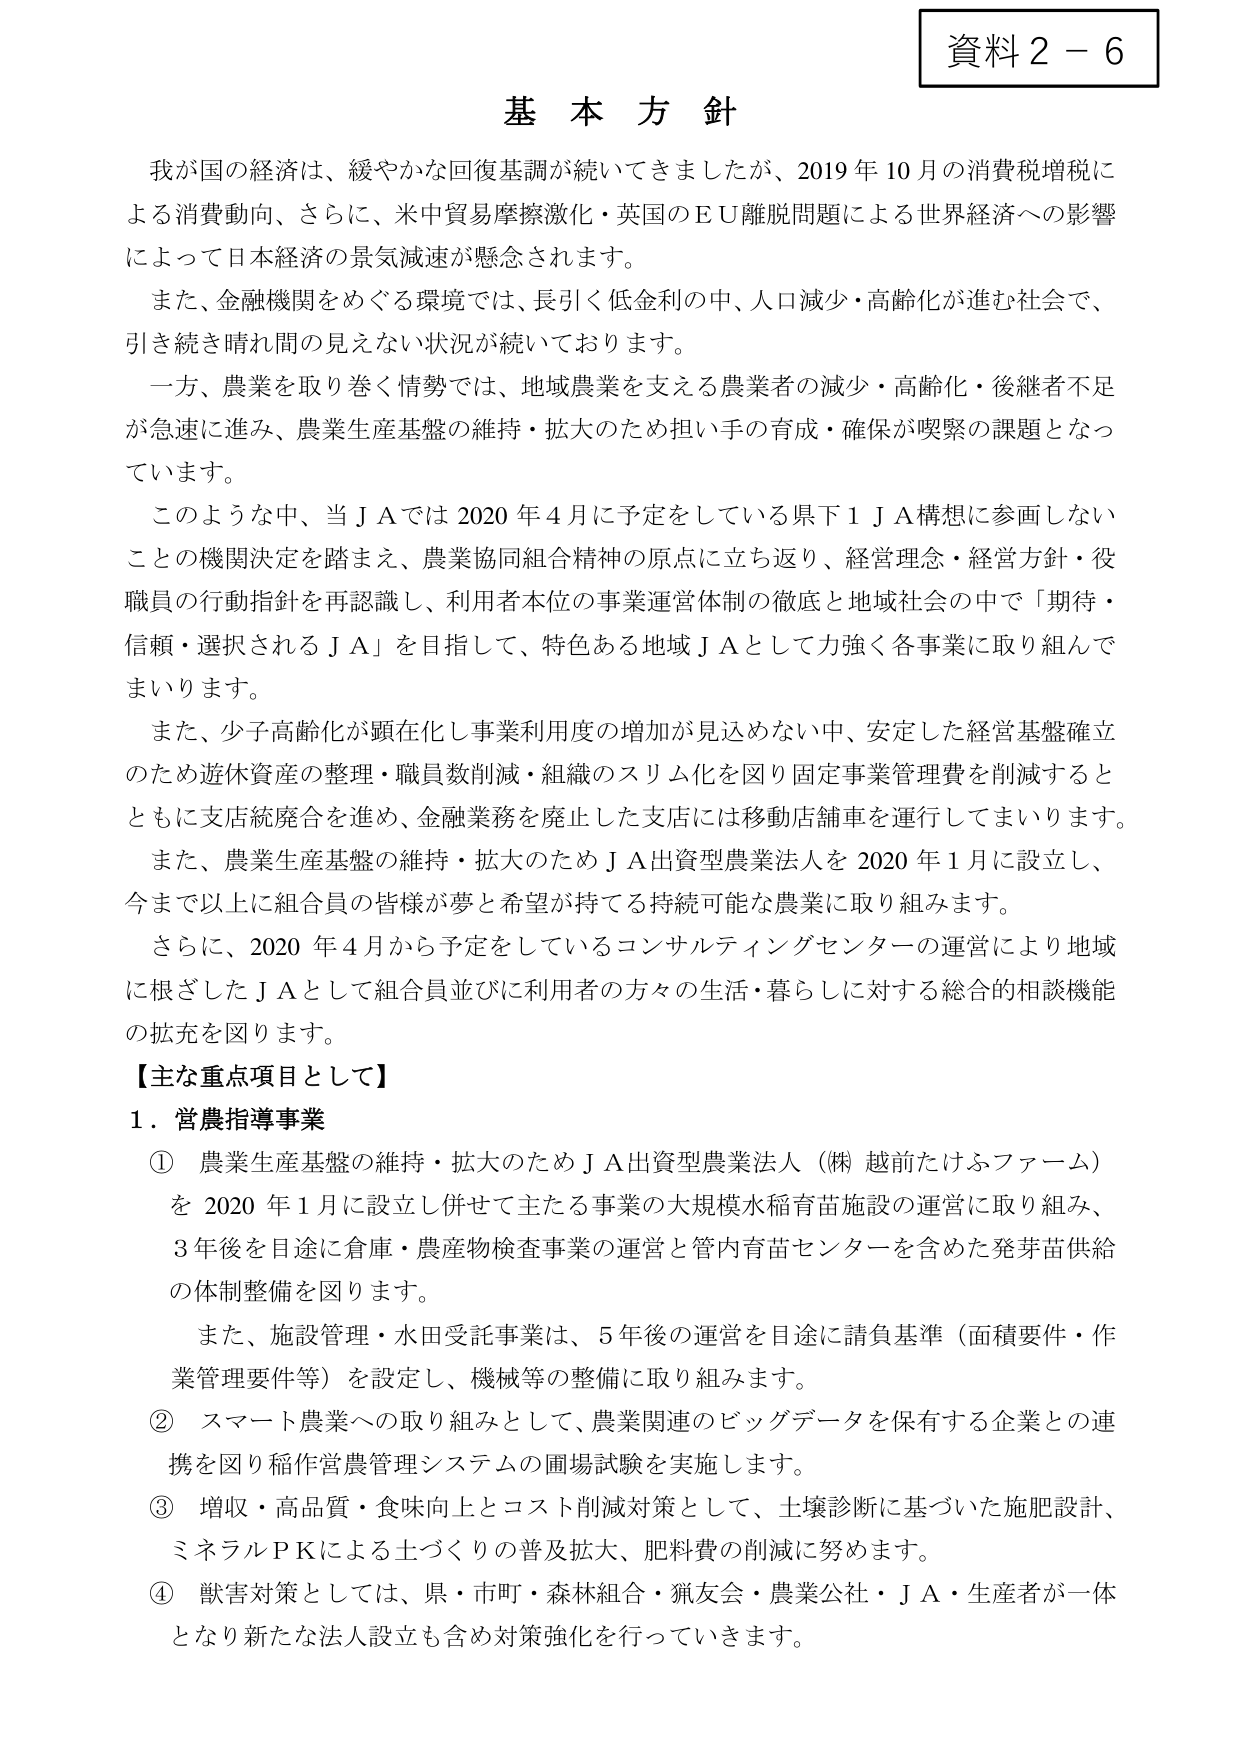
資料２－６

基本方針

我が国の経済は、緩やかな回復基調が続いてきましたが、2019年10月の消費税増税による消費動向、さらに、米中貿易摩擦激化・英国のＥＵ離脱問題による世界経済への影響によって日本経済の景気減速が懸念されます。

また、金融機関をめぐる環境では、長引く低金利の中、人口減少・高齢化が進む社会で、引き続き晴れ間の見えない状況が続いております。

一方、農業を取り巻く情勢では、地域農業を支える農業者の減少・高齢化・後継者不足が急速に進み、農業生産基盤の維持・拡大のため担い手の育成・確保が喫緊の課題となっています。

このような中、当ＪＡでは2020年4月に予定をしている県下１ＪＡ構想に参画しないことの機関決定を踏まえ、農業協同組合精神の原点に立ち返り、経営理念・経営方針・役職員の行動指針を再認識し、利用者本位の事業運営体制の徹底と地域社会の中で「期待・信頼・選択されるＪＡ」を目指して、特色ある地域ＪＡとして力強く各事業に取り組んでまいります。

また、少子高齢化が顕在化し事業利用度の増加が見込めない中、安定した経営基盤確立のため遊休資産の整理・職員数削減・組織のスリム化を図り固定事業管理費を削減するとともに支店統廃合を進め、金融業務を廃止した支店には移動店舗車を運行してまいります。

また、農業生産基盤の維持・拡大のためＪＡ出資型農業法人を2020年1月に設立し、今まで以上に組合員の皆様が夢と希望が持てる持続可能な農業に取り組みます。

さらに、2020年4月から予定をしているコンサルティングセンターの運営により地域に根ざしたＪＡとして組合員並びに利用者の方々の生活・暮らしに対する総合的相談機能の拡充を図ります。

【主な重点項目として】

１．営農指導事業

① 農業生産基盤の維持・拡大のためＪＡ出資型農業法人（㈱ 越前たけふファーム）を2020年1月に設立し併せて主たる事業の大規模水稻育苗施設の運営に取り組み、3年後を目途に倉庫・農産物検査事業の運営と管内育苗センターを含めた発芽苗供給の体制整備を図ります。

また、施設管理・水田受託事業は、5年後の運営を目途に請負基準（面積要件・作業管理要件等）を設定し、機械等の整備に取り組みます。

② スマート農業への取り組みとして、農業関連のビッグデータを保有する企業との連携を図り稲作営農管理システムの圃場試験を実施します。

③ 増収・高品質・食味向上とコスト削減対策として、土壌診断に基づいた施肥設計、ミネラルＰＫによる土づくりの普及拡大、肥料費の削減に努めます。

④ 獣害対策としては、県・市町・森林組合・猟友会・農業公社・ＪＡ・生産者が一体となり新たな法人設立も含め対策強化を行っていきます。